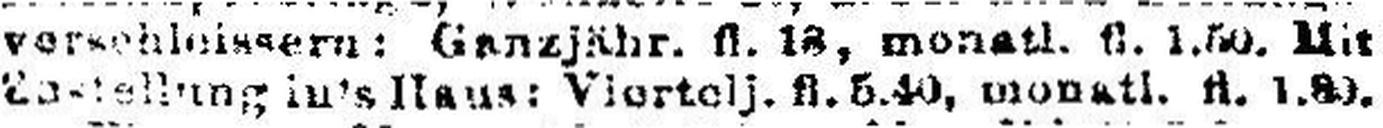
###stellung in's Haus: Viertelj. fl. 5.40, monatl. fl. 1.80.